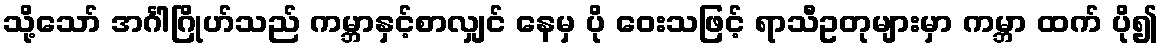
သို့သော် အင်္ဂါဂြိုဟ်သည် ကမ္ဘာနှင့်စာလျှင် နေမှ ပို ဝေးသဖြင့် ရာသီဥတုများမှာ ကမ္ဘာ ထက် ပို၍